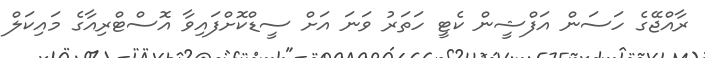
ރާއްޖޭގެ ހަސަން އަފްޝީން ކެޓީ ހަތަރު ވަނަ އަށް ސީޑްކޮށްފައިވާ އޮސްޓްރިއާގެ މައިކަލް